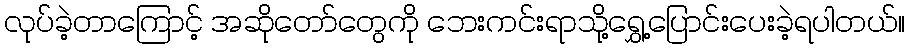
လုပ်ခဲ့တာကြောင့် အဆိုတော်တွေကို ဘေးကင်းရာသို့ရွှေ့ပြောင်းပေးခဲ့ရပါတယ်။